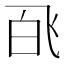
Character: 𬲉